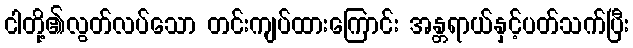
ငါတို့၏လွတ်လပ်သော တင်းကျပ်ထားကြောင်း အန္တရာယ်နှင့်ပတ်သက်ပြီး